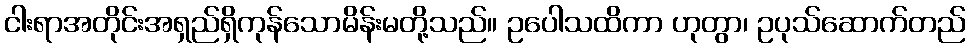
ငါးရာအတိုင်းအရှည်ရှိကုန်သောမိန်းမတို့သည်။ ဥပေါသထိကာ ဟုတွာ၊ ဥပုသ်ဆောက်တည်